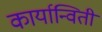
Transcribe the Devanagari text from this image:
कार्यान्विती